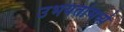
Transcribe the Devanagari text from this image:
उभयतांमध्ये